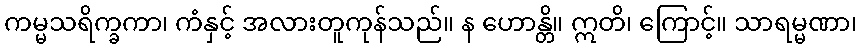
ကမ္မသရိက္ခကာ၊ ကံနှင့် အလားတူကုန်သည်။ န ဟောန္တိ။ ဣတိ၊ ကြောင့်။ သာရမ္မဏာ၊